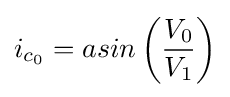
i_{c_{0}}=asin\left({V_{0} \over V_{1}}\right)